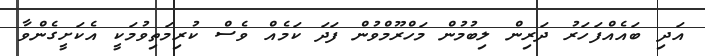
އަދި ބައެއްފަހަރު ދަރިން ލިބުމުން މަހްރޫމްވުން ފަދަ ކަމެއް ވެސް ކުރިމަތިވުމަކީ އެކަށީގެންވާ